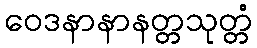
ဝေဒနာနာနတ္တသုတ္တံ